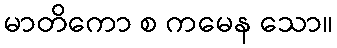
မာတိကော စ ကမေန သော။